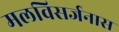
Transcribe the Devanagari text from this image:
मलविसर्जनास